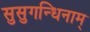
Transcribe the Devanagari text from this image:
सुसुगन्धिनाम्